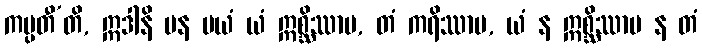
ကပ္ပတီ’တိ, ဣဒါနိ ပန မယံ ယံ ဣစ္ဆိဿာမ, တံ ကရိဿာမ, ယံ န ဣစ္ဆိဿာမ န တံ